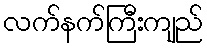
လက်နက်ကြီးကျည်